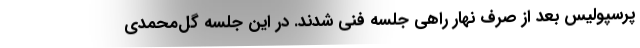
پرسپولیس بعد از صرف نهار راهی جلسه فنی شدند. در این جلسه گل‌محمدی